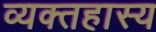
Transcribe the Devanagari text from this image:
व्यक्तहास्य